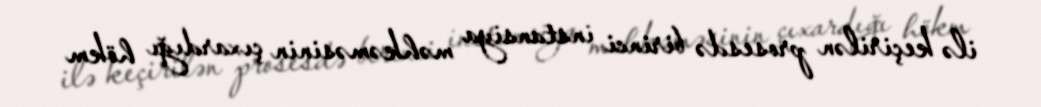
ilə keçirilən prosesdə birinci instansiya məhkəməsinin çıxardığı hökm